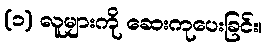
(၁) လူများကို ဆေးကုပေးခြင်း၊